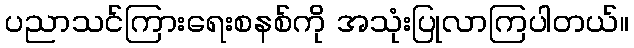
ပညာသင်ကြားရေးစနစ်ကို အသုံးပြုလာကြပါတယ်။